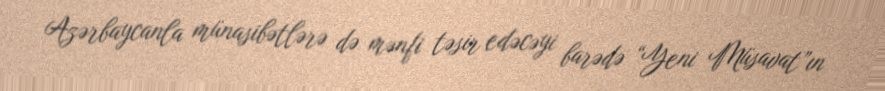
Azərbaycanla münasibətlərə də mənfi təsir edəcəyi barədə “Yeni Müsavat”ın